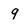
Character: 9